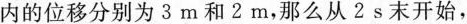
内的位移分别为3m和2m，那么从2s末开始，